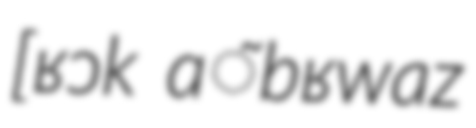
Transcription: [ʁɔk ɑ̃bʁwaz